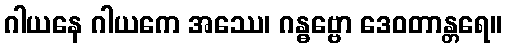
ဂါယနေ ဂါယကေ အဿေ၊ ဂန္ဓဗ္ဗော ဒေဝတာန္တရေ။